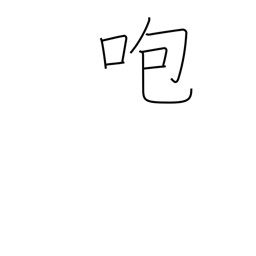
Meaning: get angry